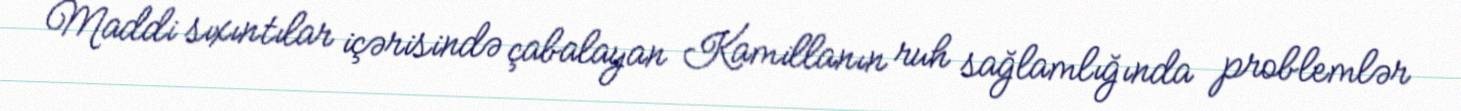
Maddi sıxıntılar içərisində çabalayan Kamillanın ruh sağlamlığında problemlər